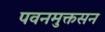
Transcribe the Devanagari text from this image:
पवनमुक्तसन